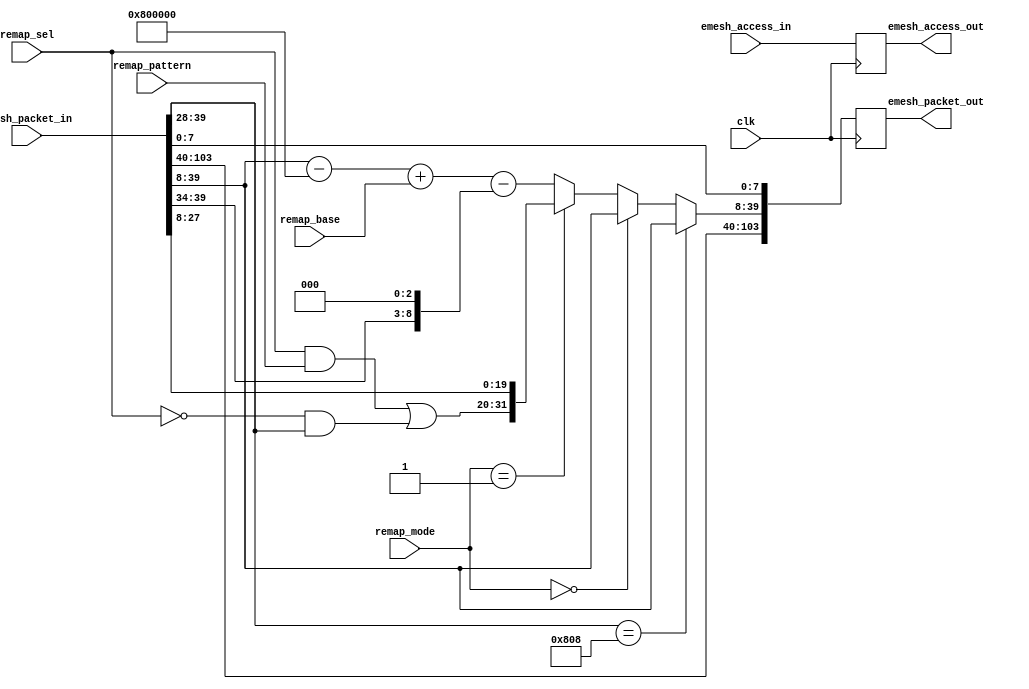
module erx_remap (/*AUTOARG*/
   // Outputs
   emesh_access_out, emesh_packet_out,
   // Inputs
   clk, emesh_access_in, emesh_packet_in, remap_mode, remap_sel,
   remap_pattern, remap_base
   );

   parameter AW = 32;
   parameter DW = 32;
   parameter PW = 104;
   parameter ID = 12'h808;
   
   //Clock/reset
   input          clk;
   
   //Input from arbiter
   input          emesh_access_in;
   input [PW-1:0] emesh_packet_in;
   
   //Configuration
   input [1:0] 	  remap_mode;    //00=none,01=static,02=continuity
   input [11:0]   remap_sel;     //number of bits to remap
   input [11:0]   remap_pattern; //static pattern to map to
   input [31:0]   remap_base;    //remap offset
   
   //Output to TX IO   
   output 	   emesh_access_out;
   output [PW-1:0] emesh_packet_out;

   wire [31:0] 	   static_remap;
   wire [31:0] 	   dynamic_remap;
   wire [31:0] 	   remap_mux;
   wire [31:0] 	   addr_in;
   wire [31:0] 	   addr_out;
   wire 	   remap_en;
   
   reg 		   emesh_access_out;
   reg [PW-1:0]    emesh_packet_out;

   //TODO:FIX!??
   parameter[5:0]  colid = ID[5:0];
   
   //parsing packet
   assign addr_in[31:0]  =  emesh_packet_in[39:8];
 
   
   //simple static remap
   assign static_remap[31:20] = (remap_sel[11:0] & remap_pattern[11:0]) |
			        (~remap_sel[11:0] & addr_in[31:20]);

   assign static_remap[19:0]  = addr_in[19:0];
    
   //more complex compresssed map
   assign dynamic_remap[31:0] = addr_in[31:0]    //input
			     - (colid << 20)     //subtracing elink (start at 0)
			     + remap_base[31:0]  //adding back base
                             - (addr_in[31:26]<<$clog2(colid));
     			     
   //Static, dynamic, or no remap
   assign remap_mux[31:0]  = (addr_in[31:20]==ID)     ? addr_in[31:0] : //for write to mailbox
			     (remap_mode[1:0]==2'b00) ? addr_in[31:0] :
			     (remap_mode[1:0]==2'b01) ? static_remap[31:0] :
	  		                                dynamic_remap[31:0];

   //Access pipeline
   always @ (posedge clk)
       emesh_access_out <= emesh_access_in;

   //Packet Remapping
   always @ (posedge clk)    
       emesh_packet_out[PW-1:0] <= {emesh_packet_in[103:40],
                                    remap_mux[31:0],
                                    emesh_packet_in[7:0]
				    };
   
endmodule